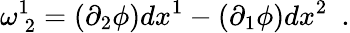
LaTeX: \omega_{\: 2}^{1}=(\partial_{2}\phi)dx^{1}-(\partial_{1}\phi)dx^{2}~~.